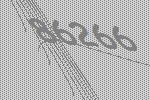
86266